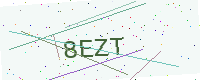
Text: 8EZT